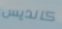
كانديس